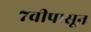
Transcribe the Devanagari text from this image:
७वीपासून